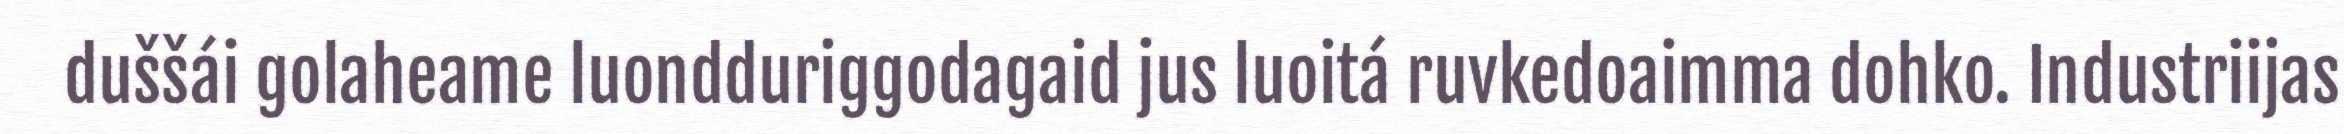
duššái golaheame luondduriggodagaid jus luoitá ruvkedoaimma dohko. Industriijas